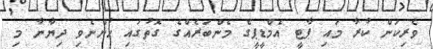
ވެރިކަން ކުރާ މައި ޕާޓީ އެމްޑީޕީގެ މެންބަރެއްގެ ގޮތުގައި ހުންނެވި ދިޔާނާ މި